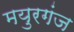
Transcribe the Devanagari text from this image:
मयुरगंज